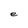
Character: e